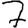
Digit: 7